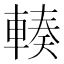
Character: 輳